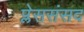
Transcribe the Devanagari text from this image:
प्लेससंसद